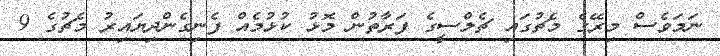
ނަމަވެސް މިރޭގެ މެޗުގައި ޗެލްސީގެ ފަރާތުން މޮޅު ކުޅުމެއް ފެނިގެންދިޔައިރު މެޗުގެ 9